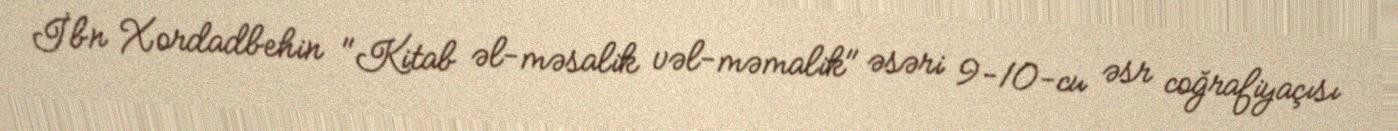
İbn Xordadbehin "Kitab əl-məsalik vəl-məmalik" əsəri 9-10-cu əsr coğrafiyaçısı